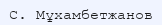
С. Мұхамбетжанов